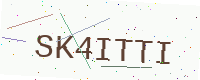
Text: SK4ITTI